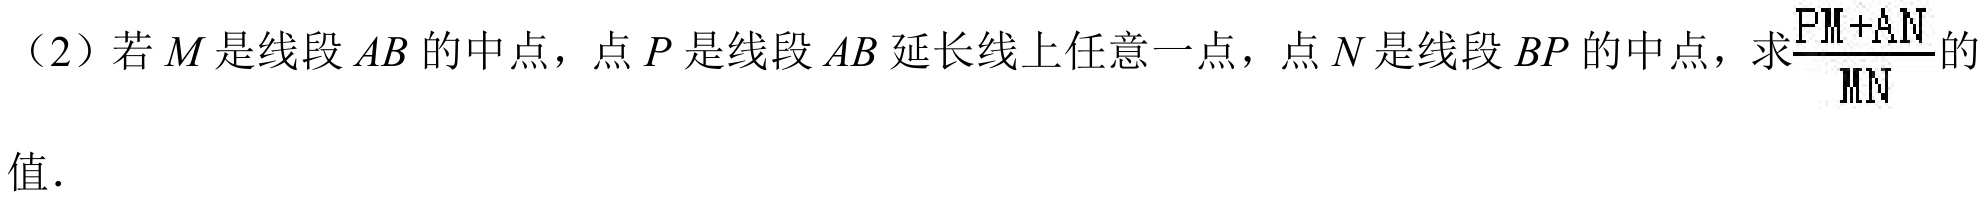
（2）若\(M\)是线段\(AB\)的中点，点\(P\)是线段\(AB\)延长线上任意一点，点\(N\)是线段\(BP\)的中点，求$\frac{PM + AN}{MN}$的值.